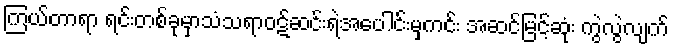
ကြယ်တာရာ ရင်းတစ်ခုမှာသံသရာဝဋ်ဆင်းရဲအပေါင်းမှကင်း အဆင်မြင့်ဆုံး ကွဲလွဲလျက်